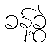
ခန့်ခွဲ